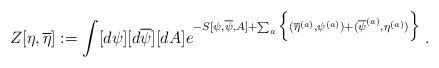
LaTeX: \begin{align*}Z[\eta,\overline{\eta}] := \int [d\psi][d\overline{\psi}][dA]e^{-S[\psi,\overline{\psi},A] + \sum_a \Big\{( \overline{\eta}^{(a)},\psi^{(a)} )+ (\overline{\psi}^{(a)},\eta^{(a)} ) \Big\} } \; .\end{align*}